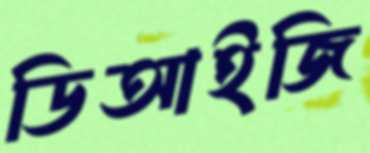
ডিআইজি